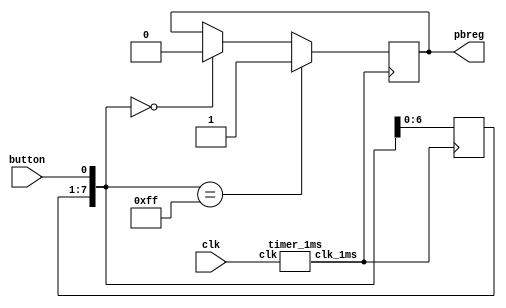
`timescale 1ns / 1ps
//////////////////////////////////////////////////////////////////////////////////
// Company: 
// Engineer: 
// 
// Design Name: 
// Module Name:    pb 
// Project Name: 
// Target Devices: 
// Tool versions: 
// Description: 
//
// Dependencies: 
//
// Revision: 
// Revision 0.01 - File Created
// Additional Comments: 
//
//////////////////////////////////////////////////////////////////////////////////
module pbdebounce
	(input wire clk,
	input wire button,
	output reg pbreg);
	
	reg [7:0] pbshift;
	wire clk_1ms;
	timer_1ms m0(clk, clk_1ms);
	always@(posedge clk_1ms) begin
		pbshift=pbshift<<1;//????1??
		pbshift[0]=button;
		if (pbshift==0)
			pbreg=0;
		if (pbshift==8'hFF)// pbshift????????1
			pbreg=1;
	end
endmodule

module timer_1ms
	(input wire clk,
	output reg clk_1ms);
	
	reg [15:0] cnt;
	initial begin
	cnt [15:0] <=0;
	clk_1ms <= 0;
	end
	always@(posedge clk)
	if(cnt>=25000) begin
	cnt<=0;
	clk_1ms <= ~clk_1ms;
	end
	else begin
	cnt<=cnt+1;
	end
endmodule

module counter_1s(clk, clk_1s);
		input wire clk;
		output reg clk_1s;
		reg [31:0] cnt;
		always @ (posedge clk) begin
			if (cnt < 25_000_000) begin   //25M*(1/50M)S=0.5S
				cnt <= cnt + 1;
			end else begin
				cnt <= 0;
				clk_1s <= ~clk_1s;        // clk_1s==1??????=0.5s
			end                          // clk_1s==0??????=0.5s
		end                            //????T=1S
endmodule